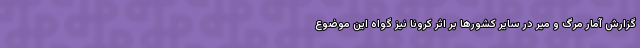
گزارش آمار مرگ و میر در سایر کشورها بر اثر کرونا نیز گواه این موضوع